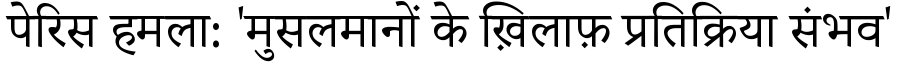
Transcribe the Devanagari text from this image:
पेरिस हमला: 'मुसलमानों के ख़िलाफ़ प्रतिक्रिया संभव'